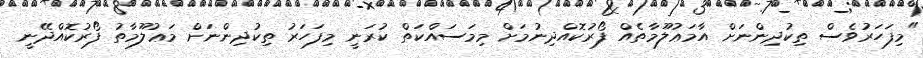
"މިފަހަރުވެސް ތިކުދިންނަށް އާމަޢުލޫމާތެއް ފޯރުކޮއްދިނުމަށް މިމަސައްކަތް ކުރަނީ މިފަހަރު ތިކުދިންނަށް މަޢުލޫމާތު ފޯރުކޮއްދޭނީ